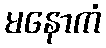
မနောကံ